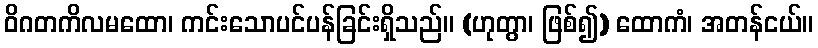
ဝိဂတကိလမထော၊ ကင်းသောပင်ပန်ခြင်းရှိသည်။ (ဟုတွာ၊ ဖြစ်၍) ထောကံ၊ အတန်ငယ်။